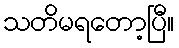
သတိမရတော့ပြီ။